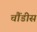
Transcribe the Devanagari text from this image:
चौंडीस